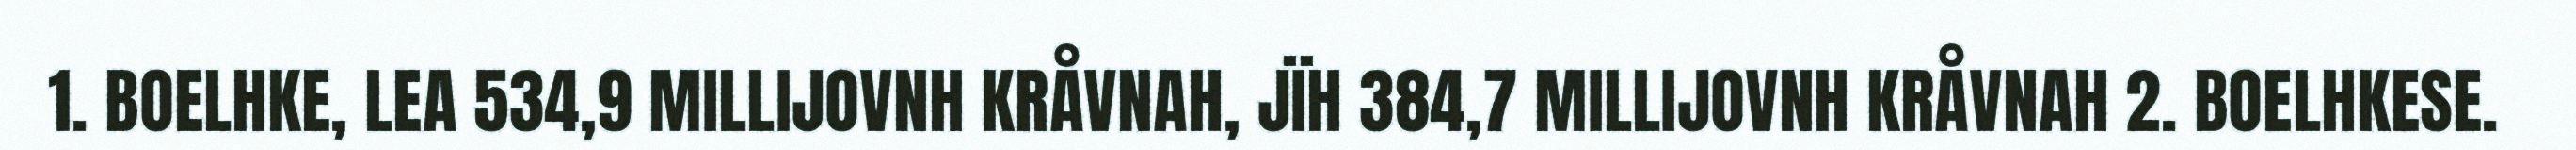
1. BOELHKE, LEA 534,9 MILLIJOVNH KRÅVNAH, JÏH 384,7 MILLIJOVNH KRÅVNAH 2. BOELHKESE.